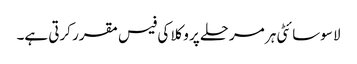
لا سوسائٹی ہر مرحلے پر وکلا کی فیس مقرر کرتی ہے۔